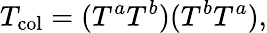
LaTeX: T_{\mathrm{col}}=(T^{a}T^{b})(T^{b}T^{a}),